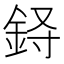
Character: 𲇈